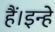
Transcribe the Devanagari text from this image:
हैं।इन्हे